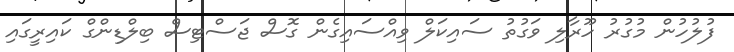
ފުލުހުން މުގުރު ހޫރާލި ވަގުތު ސައިކަލް ވިއްސައިގެން ގޮސް ޖަސްޓިސް ބިލްޑިންގް ކައިރީގައި